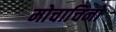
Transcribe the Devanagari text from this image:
मोचाचिनो